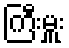
ကြီးမှူး